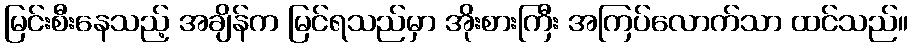
မြင်းစီးနေသည့် အချိန်က မြင်ရသည်မှာ အိုးစားကြီး အကြပ်လောက်သာ ထင်သည်။